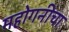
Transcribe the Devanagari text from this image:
महोगनीचा